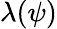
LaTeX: \lambda(\psi)